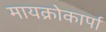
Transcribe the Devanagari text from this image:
मायक्रोकार्पा